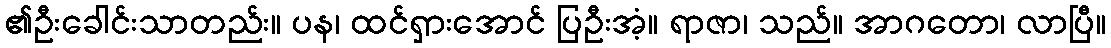
၏ဦးခေါင်းသာတည်း။ ပန၊ ထင်ရှားအောင် ပြဦးအံ့။ ရာဇာ၊ သည်။ အာဂတော၊ လာပြီ။